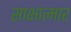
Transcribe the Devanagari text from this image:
साक्षात्मार